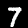
Digit: 7